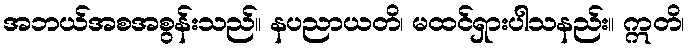
အဘယ်အစအစွန်းသည်။ နပညာယတိ၊ မထင်ရှားပါသနည်း။ ဣတိ၊